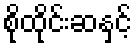
စိုထိုင်းဆနှင့်